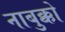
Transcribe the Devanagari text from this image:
नाबुक्को